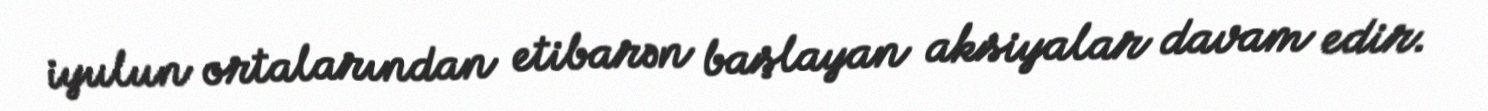
iyulun ortalarından etibarən başlayan aksiyalar davam edir.